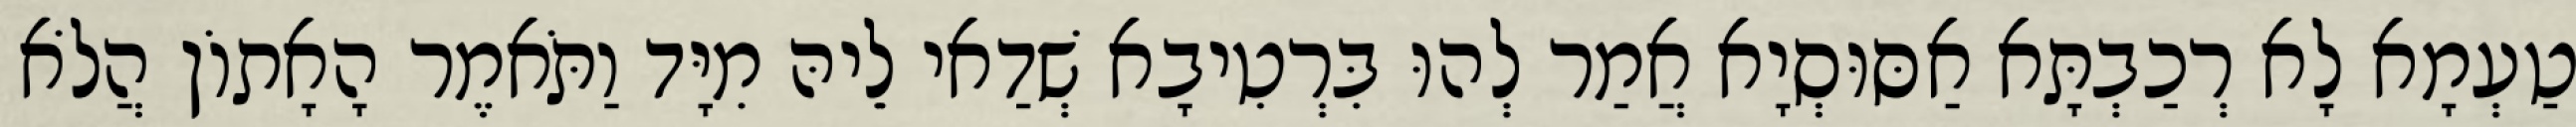
טַעְמָא לָא רְכַבְתָּא אַסּוּסְיָא אֲמַר לְהוּ בִּרְטִיבָא שְׁדַאי לֵיהּ מִיָּד וַתֹּאמֶר הָאָתוֹן הֲלֹא